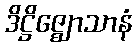
ဒိဋ္ဌိဇ္ဈောသာနံ